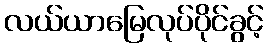
လယ်ယာမြေလုပ်ပိုင်ခွင့်